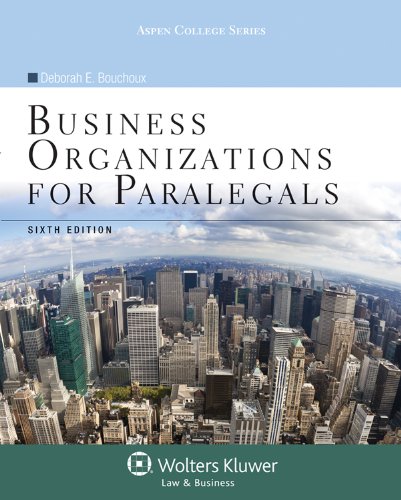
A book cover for Business Organizations for Paralegals, Sixth Edition (Aspen College); Deborah E. Bouchoux; Law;